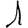
Digit: 1